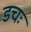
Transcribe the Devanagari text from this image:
डचः